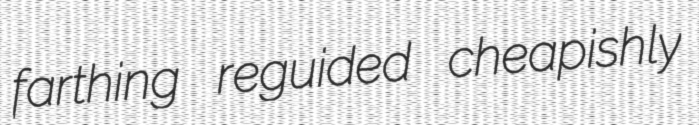
farthing reguided cheapishly